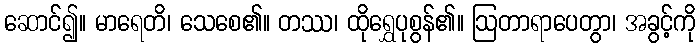
ဆောင်၍။ မာရေတိ၊ သေစေ၏။ တဿ၊ ထိုရွှေပုစွန်၏။ ဩတာရာပေတွာ၊ အခွင့်ကို